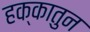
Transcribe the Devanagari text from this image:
हक्कातुन